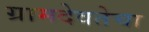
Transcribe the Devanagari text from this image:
ग्रामदेवतेचा